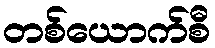
တစ်ယောက်စီ